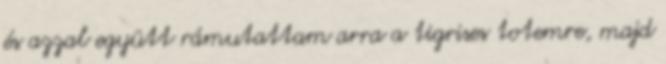
és azzal együtt rámutattam arra a tigrises totemre, majd